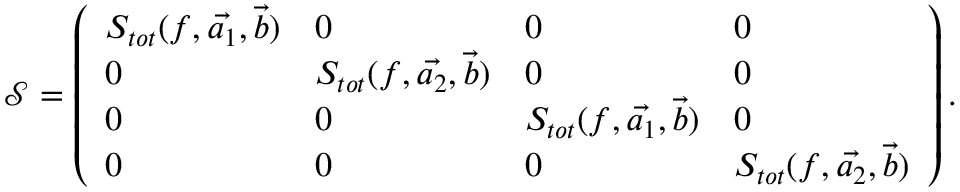
\mathcal { S } = \left( \begin{array} { l l l l } { S _ { t o t } ( f , \vec { a _ { 1 } } , \vec { b } ) } & { 0 } & { 0 } & { 0 } \\ { 0 } & { S _ { t o t } ( f , \vec { a _ { 2 } } , \vec { b } ) } & { 0 } & { 0 } \\ { 0 } & { 0 } & { S _ { t o t } ( f , \vec { a _ { 1 } } , \vec { b } ) } & { 0 } \\ { 0 } & { 0 } & { 0 } & { S _ { t o t } ( f , \vec { a _ { 2 } } , \vec { b } ) } \end{array} \right) .